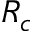
R _ { c }